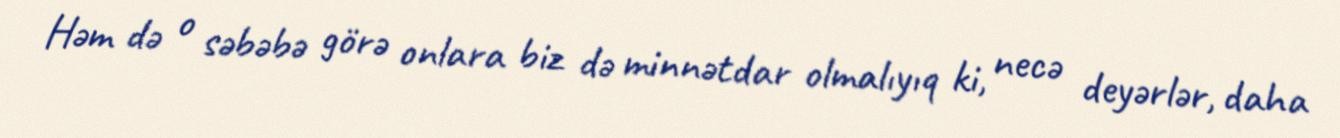
Həm də o səbəbə görə onlara biz də minnətdar olmalıyıq ki, necə deyərlər, daha